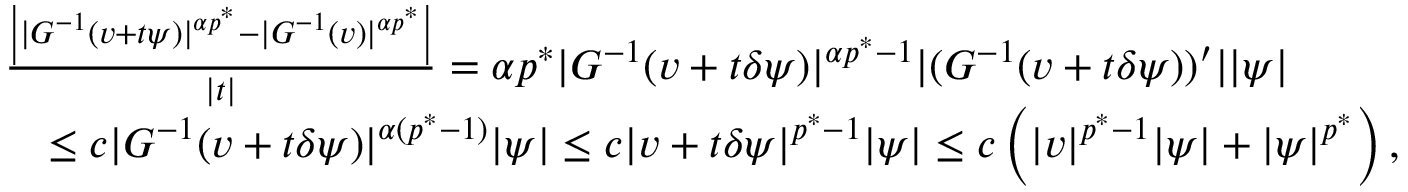
\begin{array} { r l } & { \frac { \left| | G ^ { - 1 } ( v + t \psi ) | ^ { \alpha p ^ { * } } - | G ^ { - 1 } ( v ) | ^ { \alpha p ^ { * } } \right| } { | t | } = \alpha p ^ { * } | G ^ { - 1 } ( v + t \delta \psi ) | ^ { \alpha p ^ { * } - 1 } | ( G ^ { - 1 } ( v + t \delta \psi ) ) ^ { \prime } | | \psi | } \\ & { \quad \le c | G ^ { - 1 } ( v + t \delta \psi ) | ^ { \alpha ( p ^ { * } - 1 ) } | \psi | \le c | v + t \delta \psi | ^ { p ^ { * } - 1 } | \psi | \le c \left( | v | ^ { p ^ { * } - 1 } | \psi | + | \psi | ^ { p ^ { * } } \right) , } \end{array}